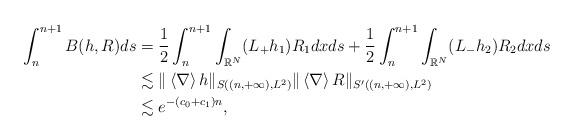
LaTeX: \begin{align*}\int_{n}^{n+1} B(h, R) ds&= \frac{1}{2} \int_n^{n+1} \int_{\mathbb{R}^N} (L_+ h_1) R_1 dxds + \frac{1}{2} \int_n^{n+1} \int_{\mathbb{R}^N}(L_- h_2) R_2 dx ds \\& \lesssim \| \left\langle \nabla \right\rangle h \|_{S((n,+\infty),L^2)} \| \left\langle \nabla \right\rangle R \|_{S'((n,+\infty),L^2)} \\& \lesssim e^{-(c_0+ c_1)n},\end{align*}